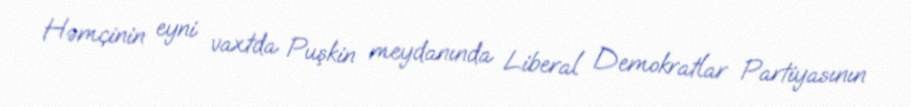
Həmçinin eyni vaxtda Puşkin meydanında Liberal Demokratlar Partiyasının